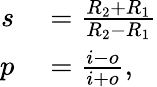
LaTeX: \begin{array}{rl}{s}&{{}={\frac{R_{2}+R_{1}}{R_{2}-R_{1}}}}\\ {p}&{{}={\frac{i-o}{i+o}},}\end{array}